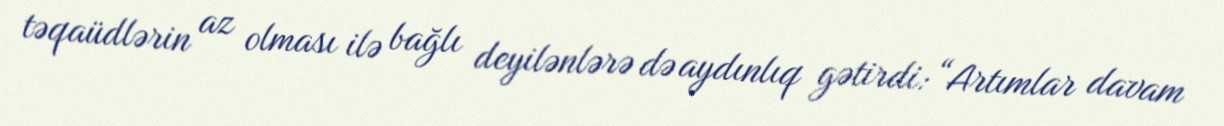
təqaüdlərin az olması ilə bağlı deyilənlərə də aydınlıq gətirdi: “Artımlar davam